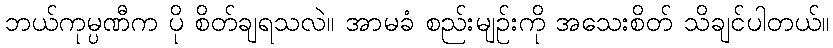
ဘယ်ကုမ္ပဏီက ပို စိတ်ချရသလဲ။ အာမခံ စည်းမျဉ်းကို အသေးစိတ် သိချင်ပါတယ်။